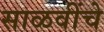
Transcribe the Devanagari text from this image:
साळवींचे